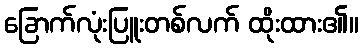
ခြောက်လုံးပြူးတစ်လက် ထိုးထား၏။